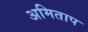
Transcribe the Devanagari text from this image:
अमिताप